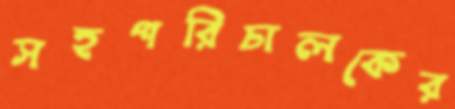
সহপরিচালকের